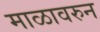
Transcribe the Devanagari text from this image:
माळावरुन